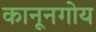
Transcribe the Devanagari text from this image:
कानूनगोय